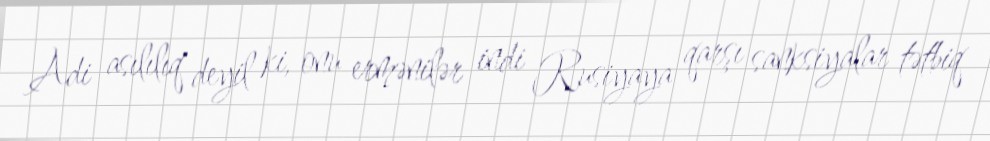
Adi asılılıq deyil ki, onu ermənilər indi Rusiyaya qarşı sanksiyalar tətbiq